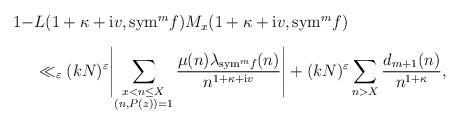
LaTeX: \begin{align*}\begin{aligned}1-&L(1+\kappa +{\rm i}v,{\rm sym}^m f)M_x(1+\kappa+{\rm i}v,{\rm sym}^m f)\\ \noalign{\vskip 2mm}&\ll_\varepsilon(kN)^\varepsilon \Biggl|\sum_{\substack{x<n\leq X\\(n,P(z))=1}}\frac{\mu(n)\lambda_{{\rm sym}^m f}(n)}{n^{1+\kappa+{\rm i}v}}\Biggr|+(kN)^\varepsilon \sum_{n>X}\frac{d_{m+1}(n)}{n^{1+\kappa}},\end{aligned}\end{align*}